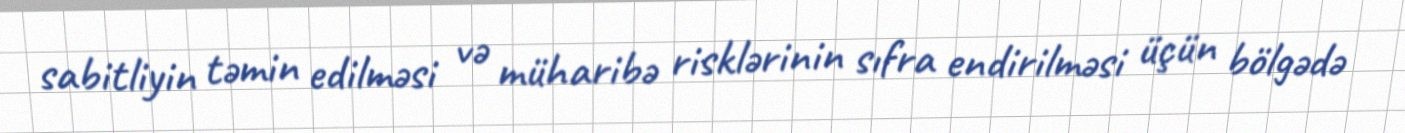
sabitliyin təmin edilməsi və müharibə risklərinin sıfra endirilməsi üçün bölgədə